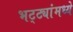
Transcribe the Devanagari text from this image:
भट्ट्यांमध्ये